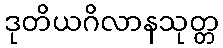
ဒုတိယဂိလာနသုတ္တ